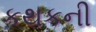
કથકની